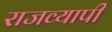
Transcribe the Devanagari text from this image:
राजव्यापी